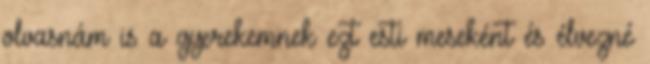
olvasnám is a gyerekemnek ezt esti meseként és élvezné